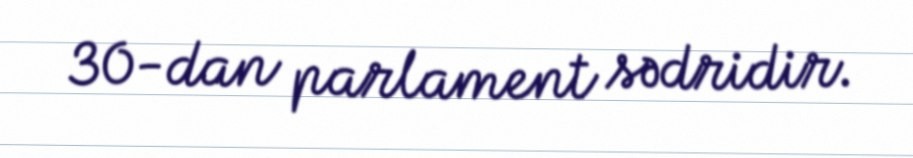
30-dan parlament sədridir.